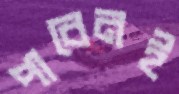
পাবেনই